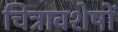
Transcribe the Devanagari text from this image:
चित्रावशेषों